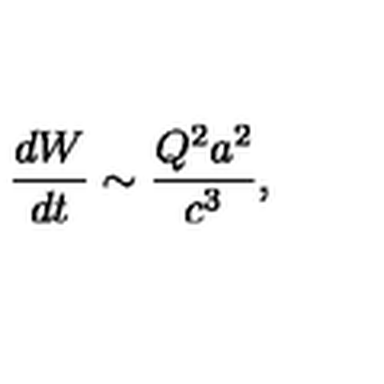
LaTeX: \frac { d W } { d t } \sim \frac { Q ^ { 2 } a ^ { 2 } } { c ^ { 3 } } ,